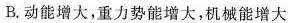
B.动能增大，重力势能增大，机械能增大